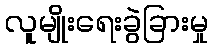
လူမျိုးရေးခွဲခြားမှု